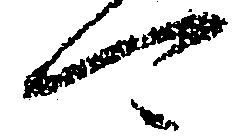
可